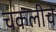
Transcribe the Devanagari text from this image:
चकलीचे